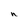
Character: n